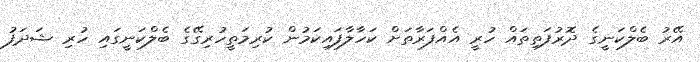
އޭރު ބެލްކަނީގެ ދޮރުފަތިތައް ހުރީ އެއްފަރާތަށް ކަހާލާފައިކަމުން ކުރިމަތީހުރިގޭގެ ބެލްކަނީގައި ހުރި ޝަދަފު